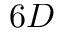
6 D